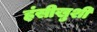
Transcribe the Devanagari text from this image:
हंसीखुशी